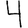
Digit: 4